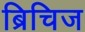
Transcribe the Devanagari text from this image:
ब्रिचिज